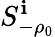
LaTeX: S_{-\rho_{0}}^{\mathbf{i}}